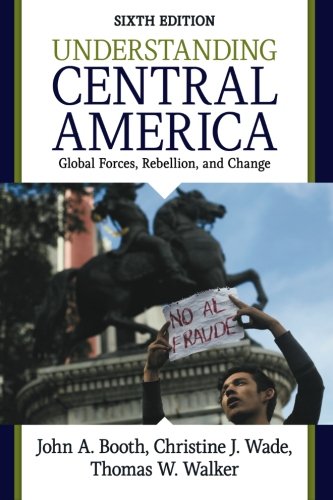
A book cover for Understanding Central America: Global Forces, Rebellion, and Change; John A. Booth; History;